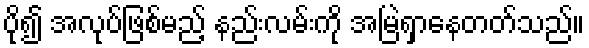
ပို၍ အလုပ်ဖြစ်မည့် နည်းလမ်းကို အမြဲရှာနေတတ်သည်။